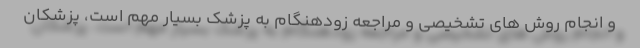
و انجام روش های تشخیصی و مراجعه زودهنگام به پزشک بسیار مهم است، پزشکان